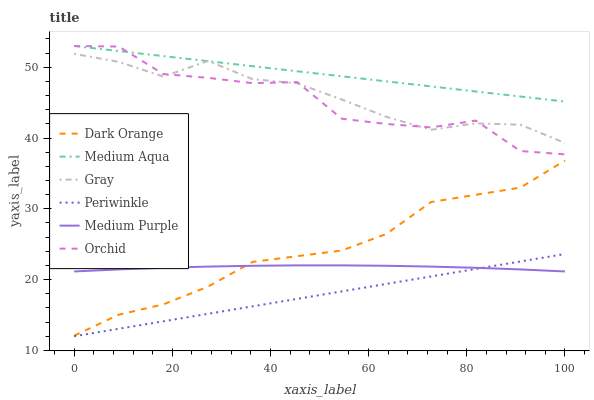
| xaxis_label | Dark Orange | Medium Aqua | Gray | Periwinkle | Medium Purple | Orchid |
 | --- | --- | --- | --- | --- | --- | --- |
 | 0 | 12.1 | 53 | 51.9 | 12 | 21.2 | 53 |
 | 9.09 | 15 | 52.3 | 50.8 | 13.1 | 21.4 | 52.9 |
 | 18.2 | 16.5 | 51.6 | 48.7 | 14.1 | 21.7 | 49 |
 | 27.3 | 19 | 50.9 | 50.9 | 15.2 | 21.8 | 48.5 |
 | 36.4 | 22.5 | 50.1 | 48.3 | 16.2 | 22 | 47.8 |
 | 45.5 | 23.3 | 49.4 | 47.7 | 17.3 | 22 | 47.9 |
 | 54.5 | 24.1 | 48.7 | 45.4 | 18.3 | 22 | 42.7 |
 | 63.6 | 26.5 | 48 | 43 | 19.4 | 22 | 42 |
 | 72.7 | 31 | 47.3 | 41.2 | 20.4 | 21.8 | 41.5 |
 | 81.8 | 32 | 46.6 | 42.1 | 21.5 | 21.7 | 42.5 |
 | 90.9 | 33 | 45.9 | 41.9 | 22.6 | 21.4 | 38.2 |
 | 100 | 36.8 | 45.2 | 39.3 | 23.6 | 21.2 | 37.7 |